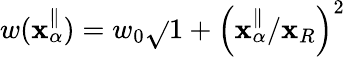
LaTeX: w(\mathbf{x}_{\alpha}^{\parallel})=w_{0}\sqrt{}{{1+\left(\mathbf{x}_{\alpha}^{\parallel}/\mathbf{x}_{R}\right)^{2}}}